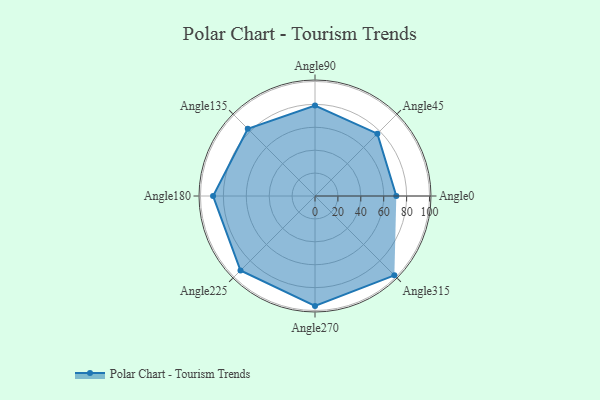
{"axis": {"x": "Angle", "y": "Radius"}, "legend": [""], "data": [{"x": "Angle0", "y": 71.0, "type": ""}, {"x": "Angle45", "y": 77.0, "type": ""}, {"x": "Angle90", "y": 79.0, "type": ""}, {"x": "Angle135", "y": 83.0, "type": ""}, {"x": "Angle180", "y": 89.0, "type": ""}, {"x": "Angle225", "y": 92.0, "type": ""}, {"x": "Angle270", "y": 96.0, "type": ""}, {"x": "Angle315", "y": 98.0, "type": ""}]}